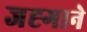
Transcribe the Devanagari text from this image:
जह्गाने